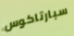
سبارتاكوس